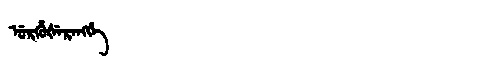
Manchu: ᡠᡵᡥᡠᡧᡝᡵᡝᠩᡤᡝ
Romanization: URHUŠERENGGE